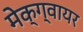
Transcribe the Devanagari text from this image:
मेक्ग्वायर